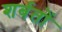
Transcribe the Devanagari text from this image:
शर्बतों